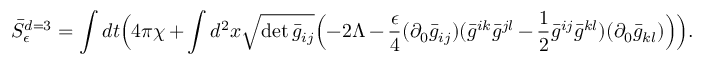
\bar { S } _ { \epsilon } ^ { d = 3 } = \int d t \Bigl ( 4 \pi \chi + \int d ^ { 2 } x \sqrt { \operatorname * { d e t } \bar { g } _ { i j } } \Bigl ( - 2 \Lambda - \frac { \epsilon } { 4 } ( \partial _ { 0 } \bar { g } _ { i j } ) ( \bar { g } ^ { i k } \bar { g } ^ { j l } - \frac { 1 } { 2 } \bar { g } ^ { i j } \bar { g } ^ { k l } ) ( \partial _ { 0 } \bar { g } _ { k l } ) \Bigr ) \Bigr ) .